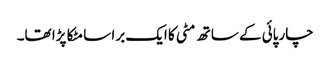
چارپائی کے ساتھ مٹی کا ایک برا سا مٹکا پڑا تھا۔